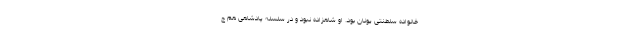
خانواده سلطنتی یونان بود. او شاهزاده نبود و در سلسله پادشاهی هم ج